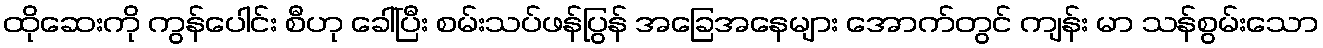
ထိုဆေးကို ကွန်ပေါင်း စီဟု ခေါ်ပြီး စမ်းသပ်ဖန်ပြွန် အခြေအနေများ အောက်တွင် ကျန်း မာ သန်စွမ်းသော